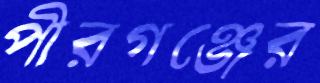
পীরগঞ্জের